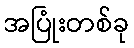
အပြုံးတစ်ခု